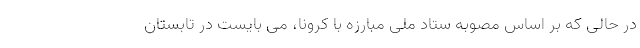
در حالی که بر اساس مصوبه ستاد ملی مبارزه با کرونا، می بایست در تابستان